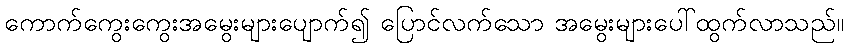
ကောက်ကွေးကွေးအမွေးများပျောက်၍ ပြောင်လက်သော အမွေးများပေါ်ထွက်လာသည်။